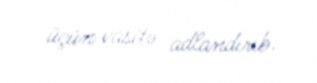
üçün vasitə adlandırıb.